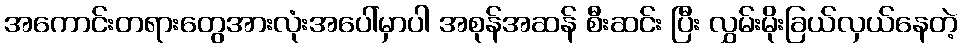
အကောင်းတရားတွေအားလုံးအပေါ်မှာပါ အစုန်အဆန် စီးဆင်း ပြီး လွှမ်းမိုးခြယ်လှယ်နေတဲ့